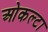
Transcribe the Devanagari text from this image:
ओकल्टा